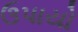
ઉપાયો